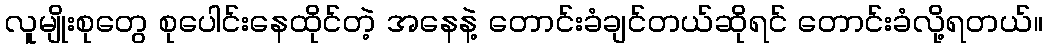
လူမျိုးစုတွေ စုပေါင်းနေထိုင်တဲ့ အနေနဲ့ တောင်းခံချင်တယ်ဆိုရင် တောင်းခံလို့ရတယ်။